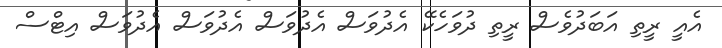
އެއީ ރީތި އަބަދުވެސް ރީތި ދުވަހެކޭ އެދުވަސް އެދުވަސް އެދުވަސް އެދުވަސް އިޓްސް